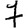
Digit: 7